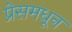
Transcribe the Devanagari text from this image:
प्रेसमधून